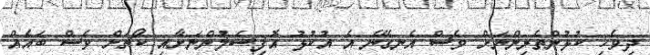
ދިވެހި ކުޅުންތެރިންނަށް ވެސް އެނގޭނެ އެ އުކުޅު އޮފިޝަލުންނަށާއި ކޯޗަށް ވެސް ބައެއް